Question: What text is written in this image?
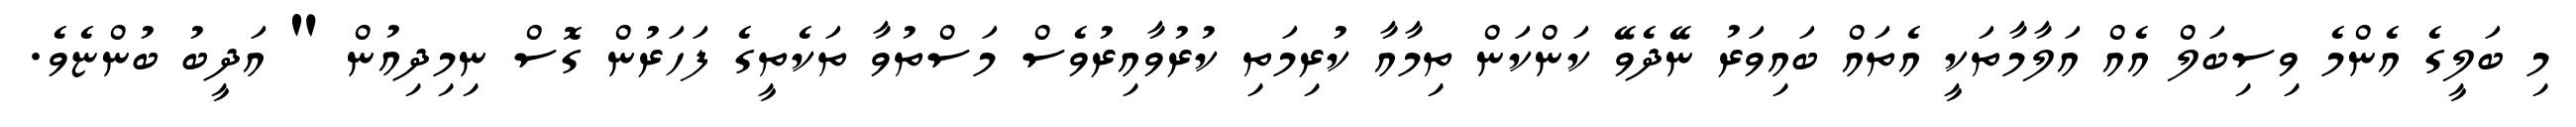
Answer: މި ބަލީގެ އެންމެ ވިސިބަލް އެއް އަލާމާތަކީ އެތައް ބައިވަރު ނޭދެވޭ ކަންކަން ތިމާއާ ކުރިމަތި ކުރުވާއިރުވެސް މަސްތުވާ ތަކެތީގެ ފަހަރުން ގޮސް ނިމިދިއުން " އަދީބު ބުންޏެވެ.